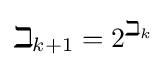
\beth _{k+1}=2^{\beth _{k}}